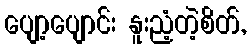
ပျော့ပျောင်း နူးညံ့တဲ့စိတ်,